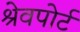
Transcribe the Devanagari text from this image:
श्रेवपोर्ट